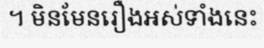
។ មិនមែនរឿងអស់ទាំងនេះ